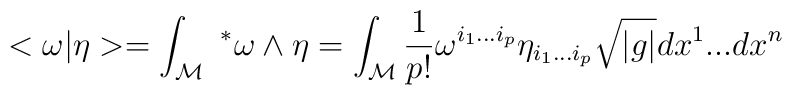
<\omega |\eta > =\int_{\mathcal{M}} \ ^*\omega \wedge \eta =\int_{\mathcal{M}} \frac{1}{p!}\omega^{i_1...i_p} \eta_{i_1...i_p}\sqrt{|g|} dx^1...dx^n